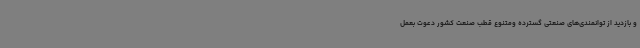
و بازدید از توانمندی‌های صنعتی گسترده ومتنوع قطب صنعت کشور دعوت بعمل